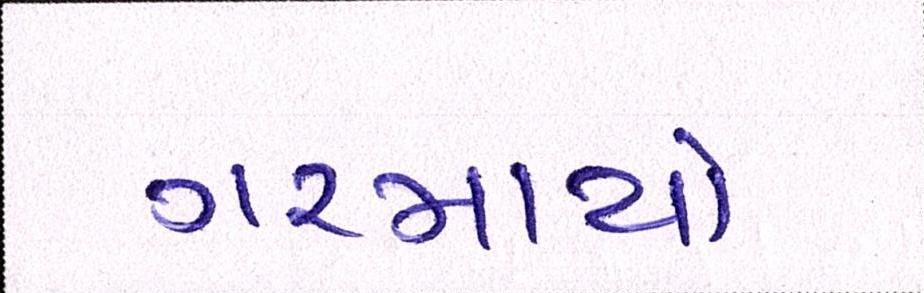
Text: ગરમાયો